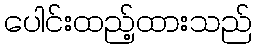
ပေါင်းထည့်ထားသည်